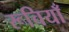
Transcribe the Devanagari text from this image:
रूचियाँ